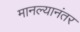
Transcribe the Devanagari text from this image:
मानल्यानंतर